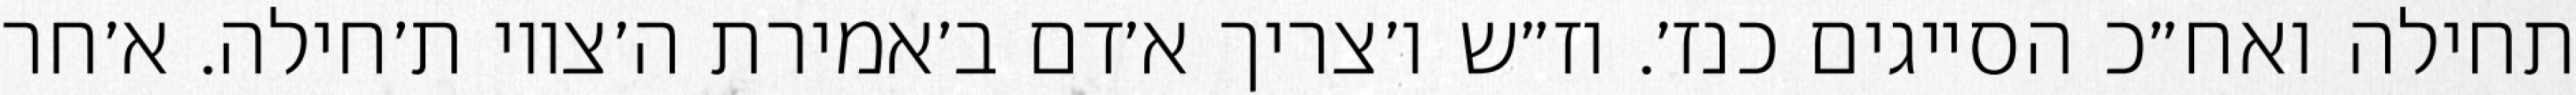
תחילה ואח״כ הסייגים כנז׳. וז״ש ו׳צריך א׳דם ב׳אמירת ה׳צווי ת׳חילה. א׳חר